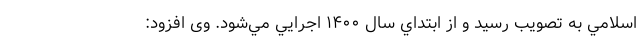
اسلامي به تصويب رسيد و از ابتداي سال ۱۴۰۰ اجرايي مي‌شود. وی افزود: